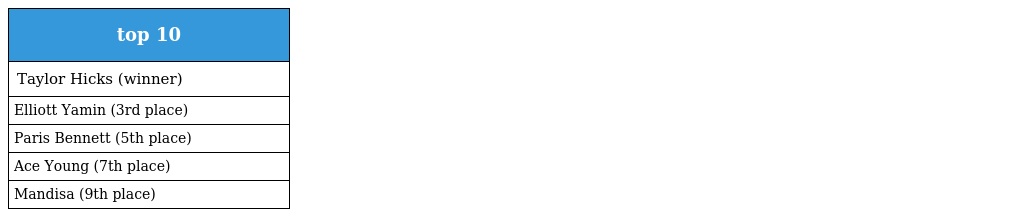
| top 10 |
 | --- |
 | Taylor Hicks (winner) |
 | Elliott Yamin (3rd place) |
 | Paris Bennett (5th place) |
 | Ace Young (7th place) |
 | Mandisa (9th place) |